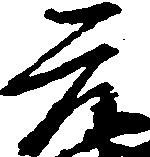
元